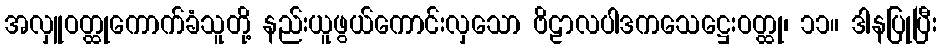
အလှူဝတ္ထုကောက်ခံသူတို့ နည်းယူဖွယ်ကောင်းလှသော ဗိဠာလပါဒကသေဋ္ဌေးဝတ္ထု၊ ၁၁။ ဒါနပြုပြီး